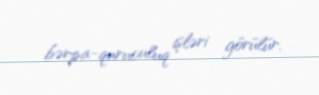
bərpa-quruculuq işləri görülür.